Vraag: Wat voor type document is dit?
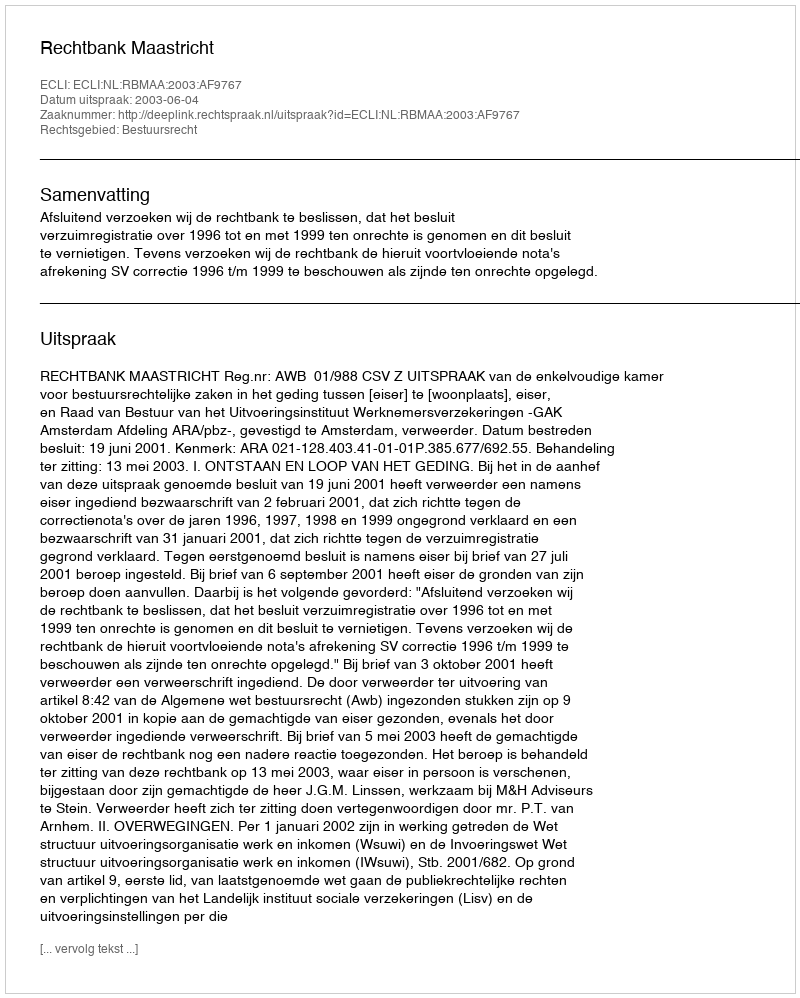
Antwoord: Uitspraak